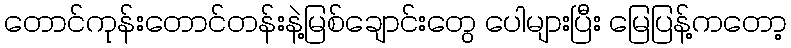
တောင်ကုန်းတောင်တန်းနဲ့မြစ်ချောင်းတွေ ပေါများပြီး မြေပြန့်ကတော့